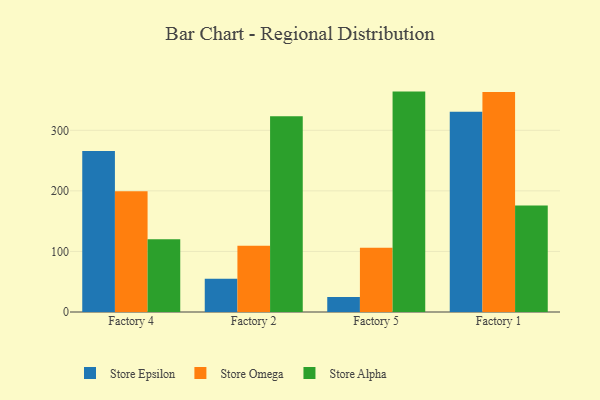
{"axis": {"x": "Factory", "y": "Energy Usage (MWh)"}, "legend": ["Store Alpha", "Store Epsilon", "Store Omega"], "data": [{"x": "Factory 4", "y": 265.9, "type": "Store Epsilon"}, {"x": "Factory 4", "y": 199.3, "type": "Store Omega"}, {"x": "Factory 4", "y": 120.0, "type": "Store Alpha"}, {"x": "Factory 2", "y": 55.0, "type": "Store Epsilon"}, {"x": "Factory 2", "y": 109.2, "type": "Store Omega"}, {"x": "Factory 2", "y": 323.0, "type": "Store Alpha"}, {"x": "Factory 5", "y": 24.8, "type": "Store Epsilon"}, {"x": "Factory 5", "y": 106.0, "type": "Store Omega"}, {"x": "Factory 5", "y": 363.9, "type": "Store Alpha"}, {"x": "Factory 1", "y": 330.7, "type": "Store Epsilon"}, {"x": "Factory 1", "y": 363.4, "type": "Store Omega"}, {"x": "Factory 1", "y": 175.9, "type": "Store Alpha"}]}